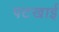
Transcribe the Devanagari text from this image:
पटखाई